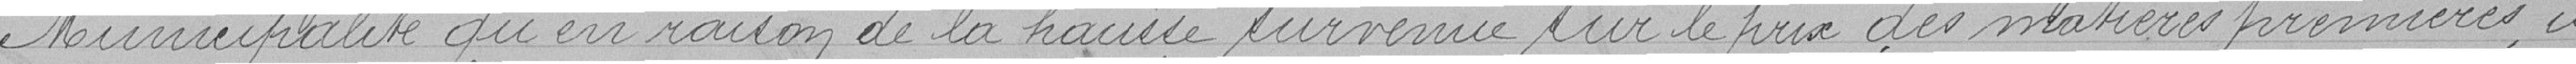
Municipalité qu'en raison de la hausse survenue sur le prix des matières premières, il